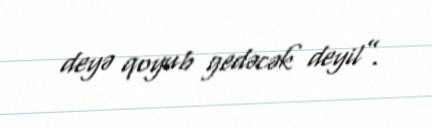
deyə qoyub gedəcək deyil”.